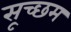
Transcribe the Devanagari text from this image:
सूच्‍छम